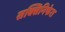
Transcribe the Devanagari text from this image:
सक्सिनिफेरा